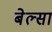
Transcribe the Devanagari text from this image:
बेल्सा